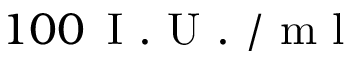
1 0 0 \, \mathrm { ~ I ~ . ~ U ~ . ~ } / \mathrm { ~ m ~ l ~ }